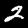
Label: 2